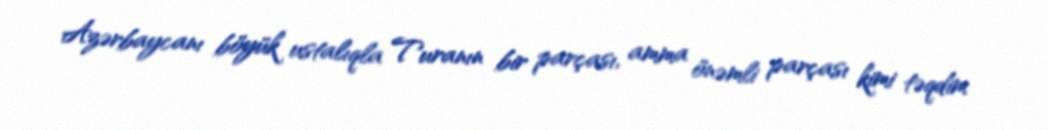
Azərbaycanı böyük ustalıqla Turanın bir parçası, amma önəmli parçası kimi təqdim